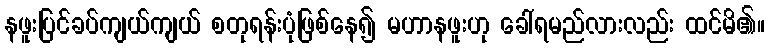
နဖူးပြင်ခပ်ကျယ်ကျယ် စတုရန်းပုံဖြစ်နေ၍ မဟာနဖူးဟု ခေါ်ရမည်လားလည်း ထင်မိ၏။